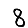
Digit: 8